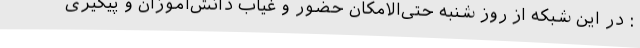
: در این شبکه از روز شنبه حتی‌الامکان حضور و غیاب دانش‌آموزان و پیگیری